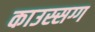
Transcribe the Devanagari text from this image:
काउस्सग्ग